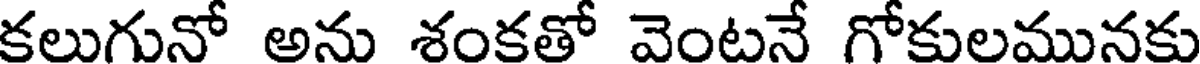
కలుగునో అను శంకతో వెంటనే గోకులమునకు